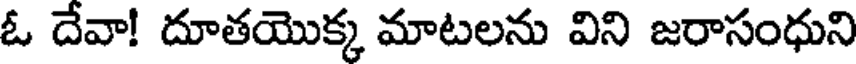
ఓ దేవా! దూతయొక్క మాటలను విని జరాసంధుని